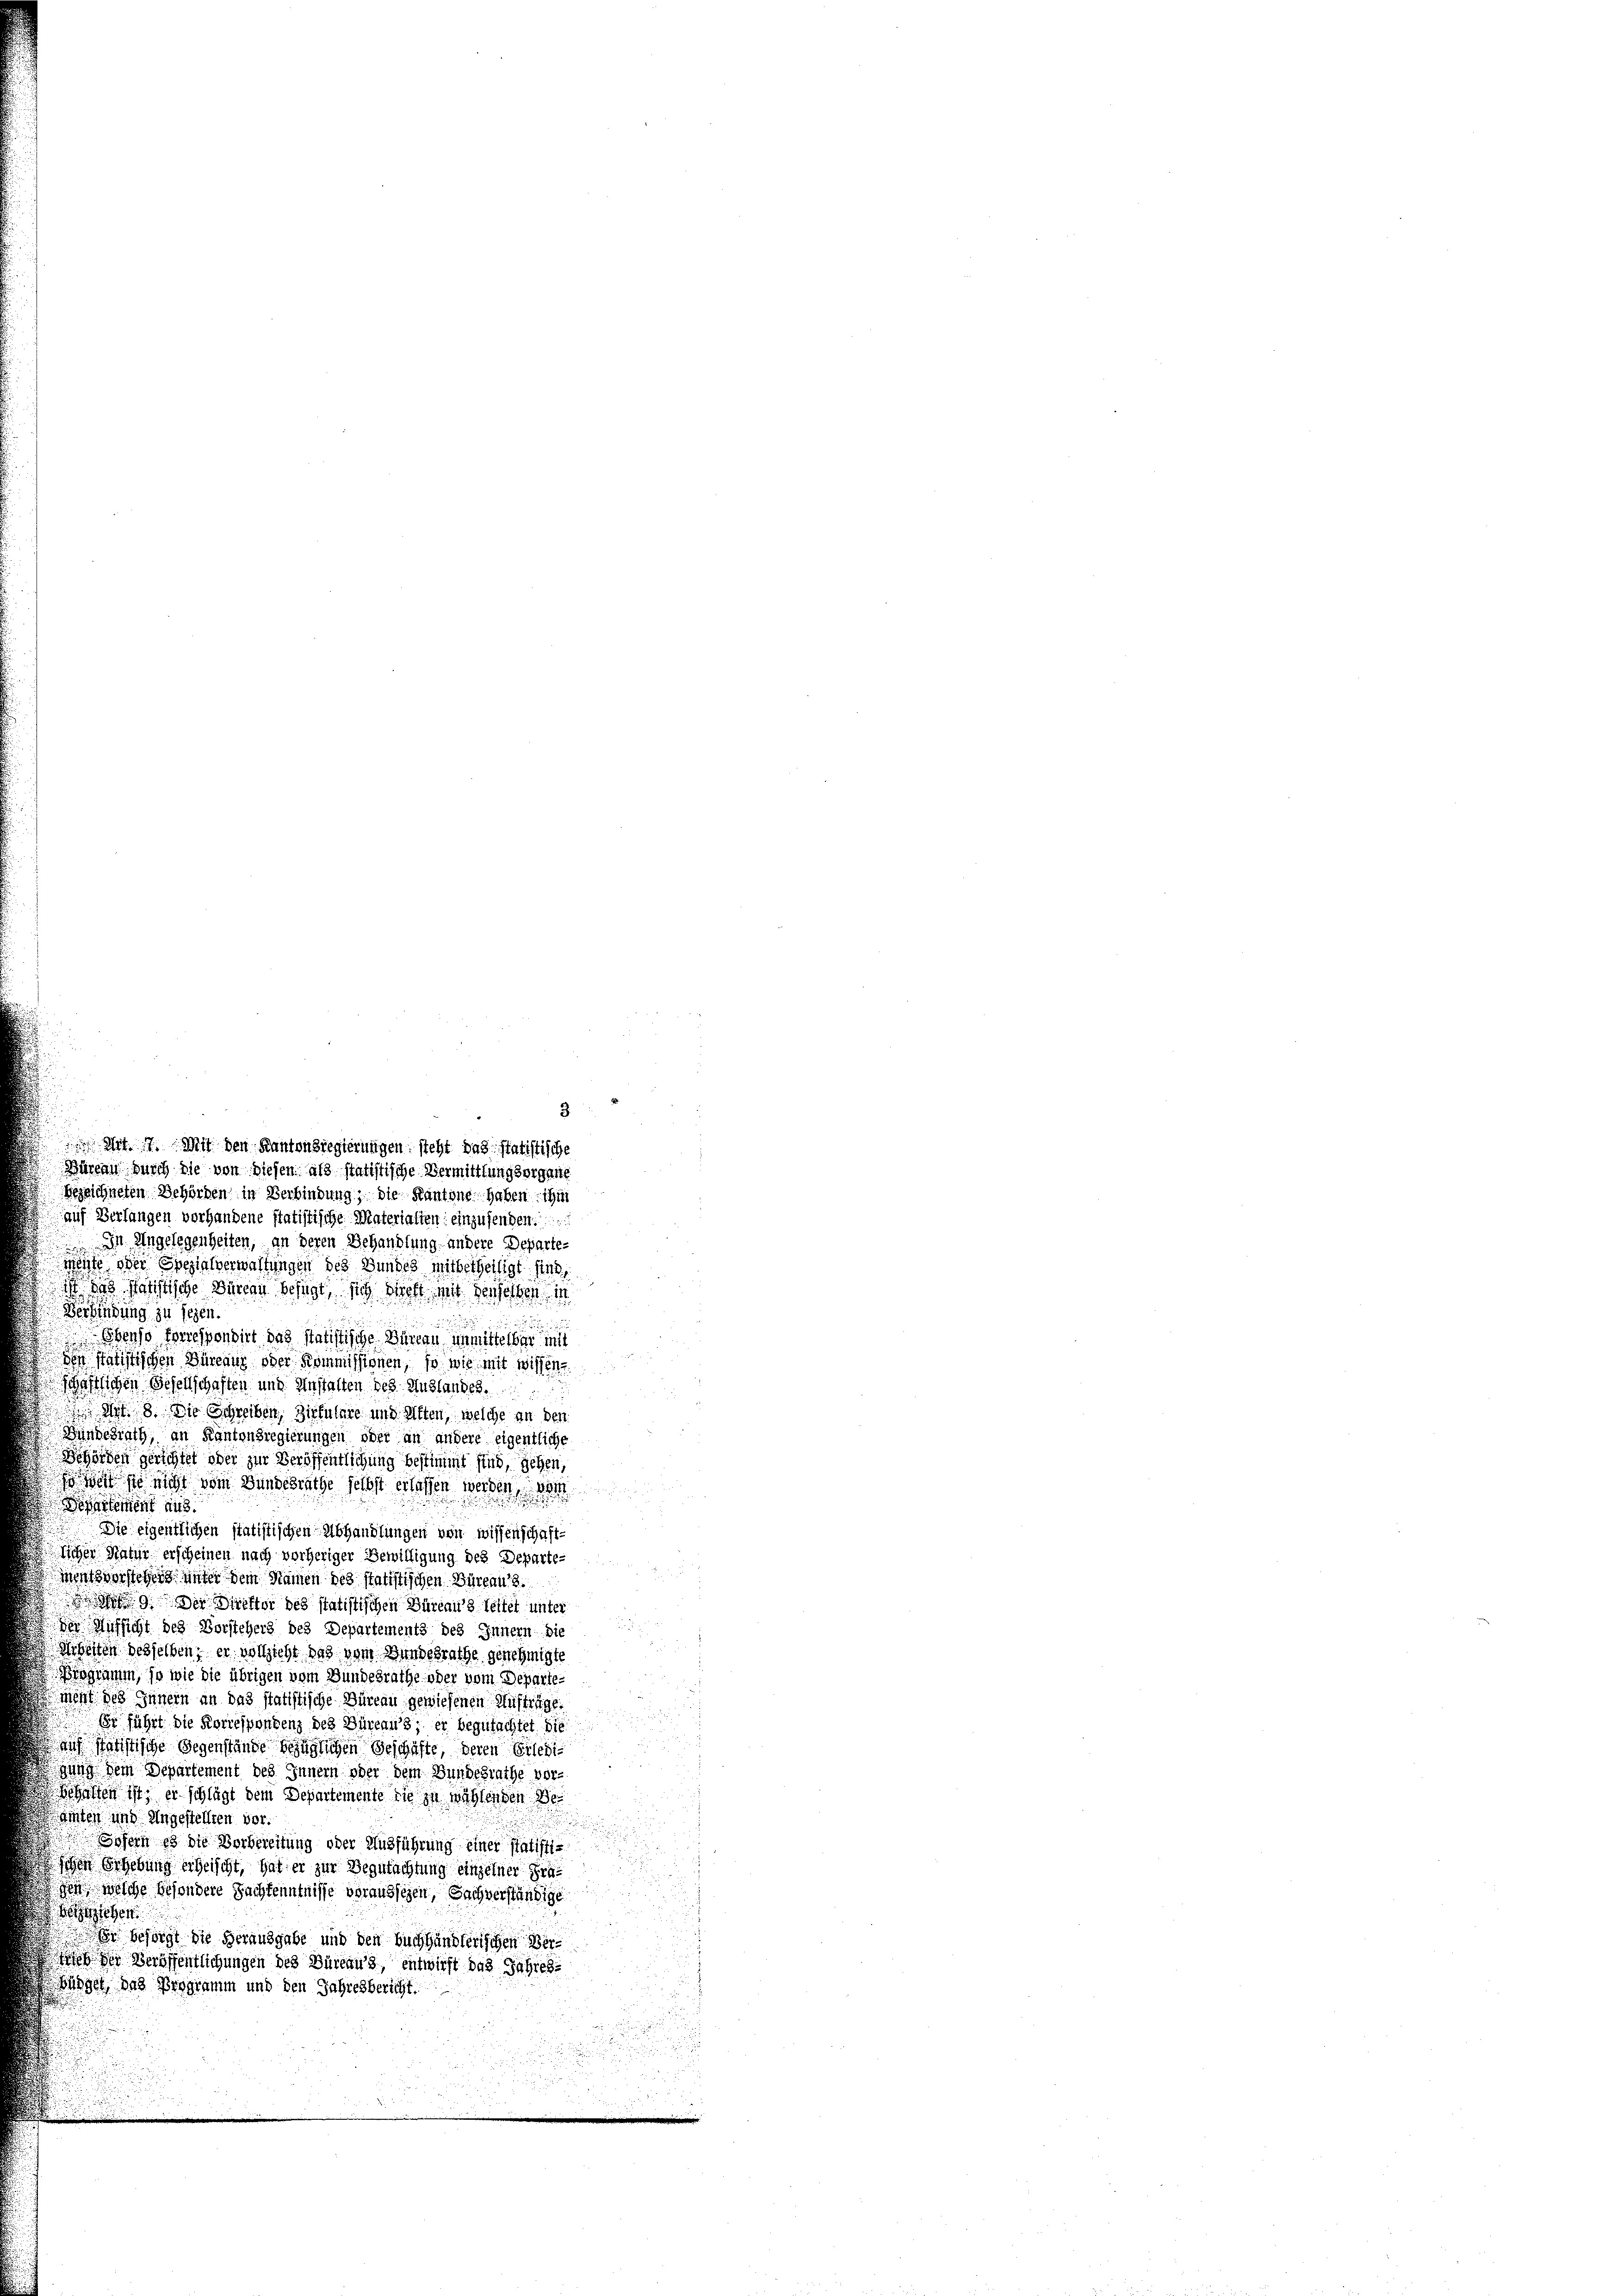
Art. 17. Mit den Kantonsregierungen steht das statistische
d Büreau durch die von diesen als statistische Vermittlung sorgane
Bezeichneten Behörden in Verbindung; die Kantone haben ihm
auf Verlangen vorhandene statistische Materialien: einzusenden.
In Angelegenheiten, an deren Behandlung andere Departe-
Mente der Spezialverwaltungen des Bundes mitbetheiligt sind,
M. das Paristische Dinern befugt, sich Brett mit derselben in
Verbindung zu seyen.
Ebenso Forrespondirt das statistische Büreau unmittel bei
den Satistischen Büreauz oder Kommissionen, so wie mit wissen
schaftlichen Gesellschaften und Anstalten bes. Anstandes.
 Art. 8. Die Schreiben, Zirkulare und Giften, welche an den
Bundesrath, an Kantonsregierungen oder an andere eigentliche
Behörden gerichtet oder zur Veröffentlichung bestimmt sind, gehen,
  sie nicht vom Bundesrathe selbst erlassen werden, da
Departement aus.
Die eigentlichen statistischen Abhandlungen von wissenschaftlicher Natur erscheinen nach vorheriger Bewilligung des Departeentsvorsteher unter dem Namen des statistischen Büreau s.
 9. Der Direktor des statistischen Büreaus leitet unter
der Aufsicht des Vorstehers des Departements des Innern die
Arbeiten desselben, er vollzieht das vom Bundesrathe genehmigt.
Biogramm, ja wie die übrigen vom Bundesrathe oder vom Departement des Innern an das statistische Büreau gewiesenen Aufträge.
Er führt die Korrespondenz des Büreaus; er begutachtet die
auf Paristische Gegenstände bezüglichen Geschäfte, deren Erledigung dem Departement des Innern oder dem Bundesrathe vor-
Gehalten ist, er schlägt dem Departemente die in mühlenden Beamten und Angestellten vor.

Sofern es die Vorbereitung oder Ausführung einer Statisti-
schen Erhebung erheischt, hat er zur Begutachtung einzelner Graden welche besondere Sachkenntnisse voraussehen, Sachverständige
Beestehen
r besorgt die herausgabe und den buchhändlerischen Ver¬
 der Veröffentlichungen des Büreaus, entwirft das Jahres¬
Hügel, das Programm und den Jahresbericht.

3